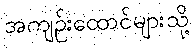
အကျဉ်းထောင်များသို့